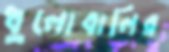
ধুলোবালির